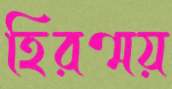
হিরণ্ময়